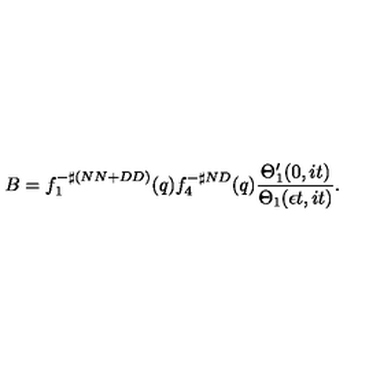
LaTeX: B = f _ { 1 } ^ { - \sharp ( N N + D D ) } ( q ) f _ { 4 } ^ { - \sharp N D } ( q ) \frac { \Theta _ { 1 } ^ { \prime } ( 0 , i t ) } { \Theta _ { 1 } ( \epsilon t , i t ) } .